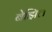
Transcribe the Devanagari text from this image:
बेझिल